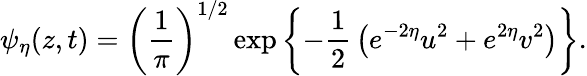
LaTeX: \psi_{\eta}(z,t)=\left({\frac{1}{\pi}}\right)^{1/2}\exp\left\{ -{\frac{1}{2}}\left(e^{-2\eta}u^{2}+e^{2\eta}v^{2}\right)\right\} .